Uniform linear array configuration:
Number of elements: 32
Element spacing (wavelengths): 1
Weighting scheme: cosine
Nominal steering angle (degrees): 30
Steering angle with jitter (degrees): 30.766
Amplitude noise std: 0.05
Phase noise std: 0.05

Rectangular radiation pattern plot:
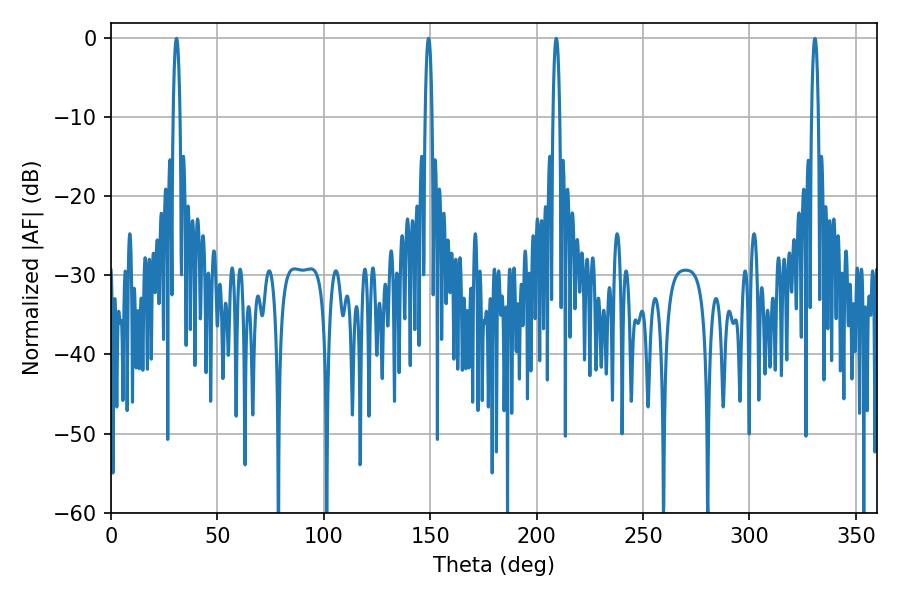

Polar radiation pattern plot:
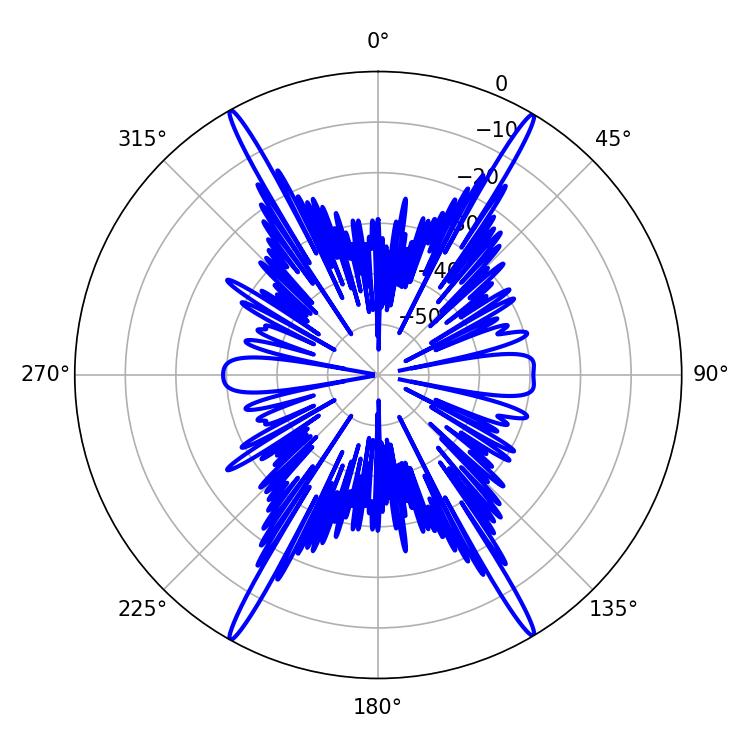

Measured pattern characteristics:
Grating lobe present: TRUE
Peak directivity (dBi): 29.29
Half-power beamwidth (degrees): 1.8
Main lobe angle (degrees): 30.78